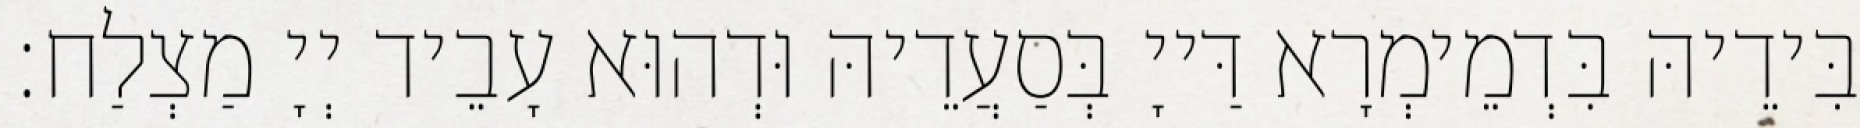
בִּידֵיהּ בִּדְמֵימְרָא דַּייָ בְּסַעֲדֵיהּ וּדְהוּא עָבֵיד יְיָ מַצְלַח׃